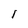
Character: I